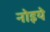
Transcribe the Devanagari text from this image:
नोइये